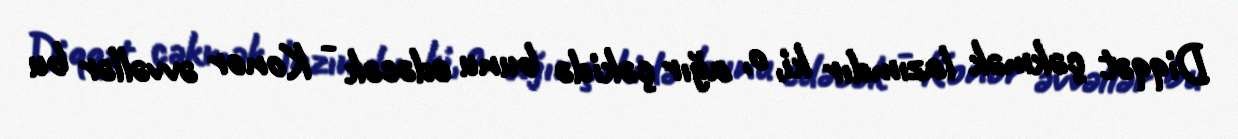
Diqqət çəkmək lazımdır ki, o, ağır çəkidə bunu edəcək - Konor əvvəllər bu